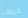
خروف